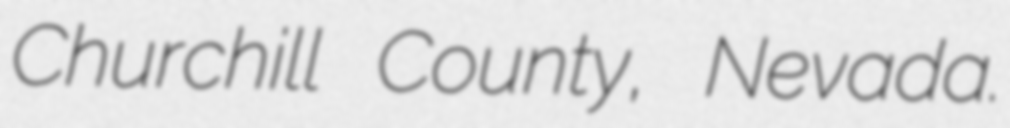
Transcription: Churchill County, Nevada.